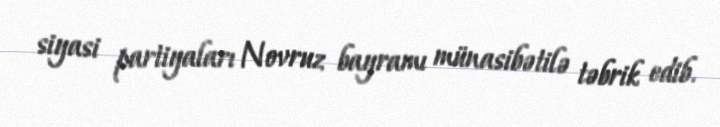
siyasi partiyaları Novruz bayramı münasibətilə təbrik edib.